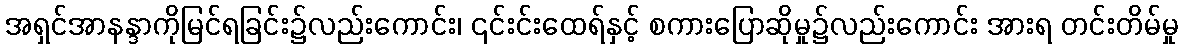
အရှင်အာနန္ဒာကိုမြင်ရခြင်း၌လည်းကောင်း၊ ၎င်းင်းထေရ်နှင့် စကားပြောဆိုမှု၌လည်းကောင်း အားရ တင်းတိမ်မှု